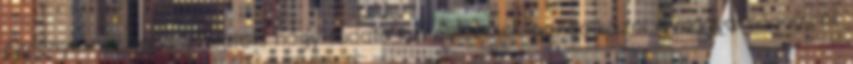
élmények és tapasztalatok, hogy tudatosan elkezdjek gondolkozni a magyarságomról.